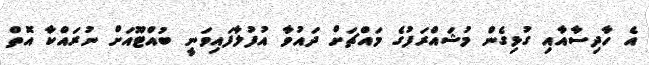
އެ ހާދިސާއާއި ގުޅިގެން މުޝައްރަފުގެ މައްޗަށް ދައުވާ އުފުލާފައިވަނީ ބުއްޓޫއަށް ނުރައްކާ އޮތް